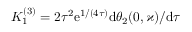
K _ { 1 } ^ { ( 3 ) } = 2 \tau ^ { 2 } \mathrm { e } ^ { 1 / ( 4 \tau ) } \mathrm { d } \theta _ { 2 } ( 0 , \varkappa ) / \mathrm { d } \tau